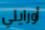
أورايلي